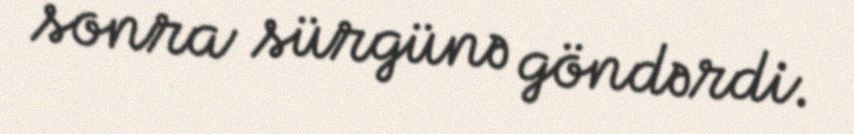
sonra sürgünə göndərdi.